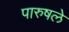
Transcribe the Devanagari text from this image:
पारुषले